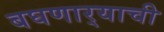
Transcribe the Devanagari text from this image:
बघणार्‍याची